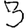
Digit: 3